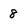
Character: 8